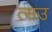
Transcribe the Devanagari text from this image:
त्सउ